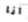
انا